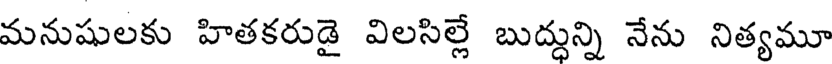
మనుషులకు హితకరుడై విలసిల్లే బుద్దున్ని నేను నిత్యమూ